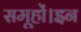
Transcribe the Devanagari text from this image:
समूहों।इन